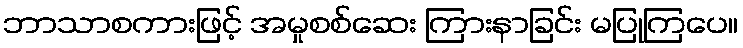
ဘာသာစကားဖြင့် အမှုစစ်ဆေး ကြားနာခြင်း မပြုကြပေ။